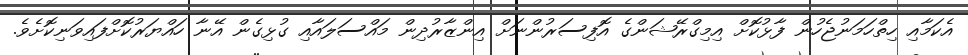
އެކަމާއި ހިތްހަމަނުޖެހުން ފާޅުކޮށް އިމިގްރޭޝަންގެ އޮފިސަރުންނަށް އިންޒާރުދިން މައްސަލައާއި ގުޅިގެން އޭނާ ހައްޔަރުކޮށްފައިވަނިކޮށެވެ.